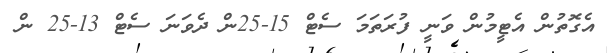
އެގޮތުން އެޓީމުން ވަނީ ފުރަތަމަ ސެޓް 15-25ން ދެވަނަ ސެޓް 13-25 ން